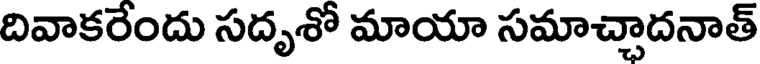
దివాకరేందు సదృశో మాయా సమాచ్చాదనాత్